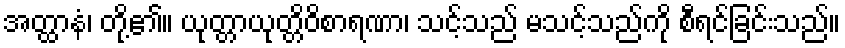
အတ္ထာနံ၊ တို့၏။ ယုတ္တာယုတ္တိဝိစာရဏာ၊ သင့်သည် မသင့်သည်ကို စီရင်ခြင်းသည်။